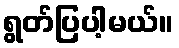
ရွတ်ပြပါ့မယ်။